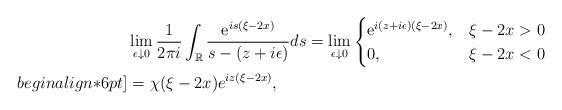
LaTeX: \begin{align*}&\lim _{\epsilon \downarrow 0} \frac{1}{2 \pi i} \int_{\mathbb{R}} \frac{\mathrm{e}^{i s(\xi-2x)}}{s- (z+i \epsilon)} d s=\lim _{\epsilon \downarrow0}\begin{cases}\mathrm{e}^{ i(z+i \epsilon)(\xi-2x)}, & \xi-2x>0 \\0, & \xi-2x<0\end{cases}\\begin{align*}6pt]&=\chi(\xi-2x)e^{iz(\xi-2x) },\end{align*}